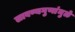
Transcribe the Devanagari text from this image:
लावण्यगुणांमुळे